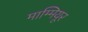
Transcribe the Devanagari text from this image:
माम्मियूर